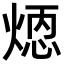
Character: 𪹄